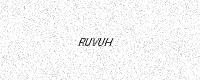
Text: RUVUH